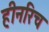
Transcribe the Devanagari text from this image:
हीनरिच